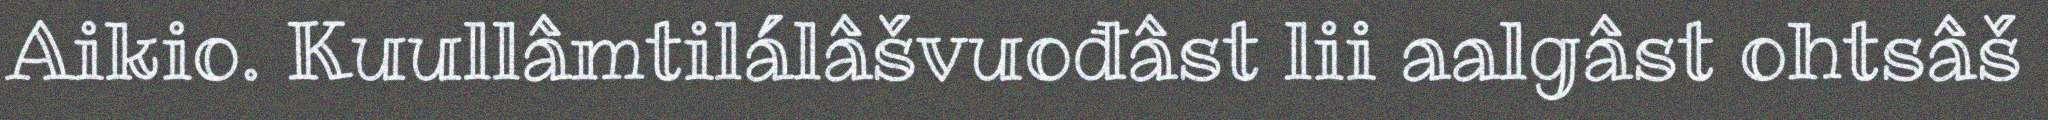
Aikio. Kuullâmtilálâšvuođâst lii aalgâst ohtsâš